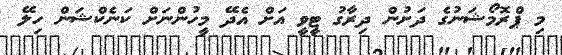
މި ޕްރޮމޯޝަނުގެ ދަށުން ދިރާގު ޓީވީ އަށް އެދޭ މީހުންނަށް ކަނެކްޝަން ހިލޭ